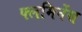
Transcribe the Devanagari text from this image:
फ्लमिनेंस